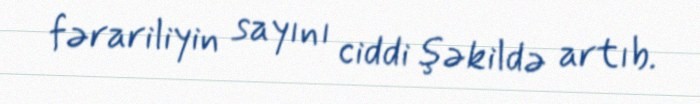
fərariliyin sayını ciddi şəkildə artıb.